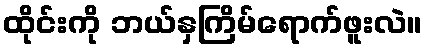
ထိုင်းကို ဘယ်နှကြိမ်ရောက်ဖူးလဲ။